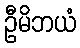
ဦမိဘယံ